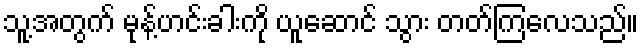
သူ့အတွက် မုန့်ဟင်းခါးကို ယူဆောင် သွား တတ်ကြလေသည်။